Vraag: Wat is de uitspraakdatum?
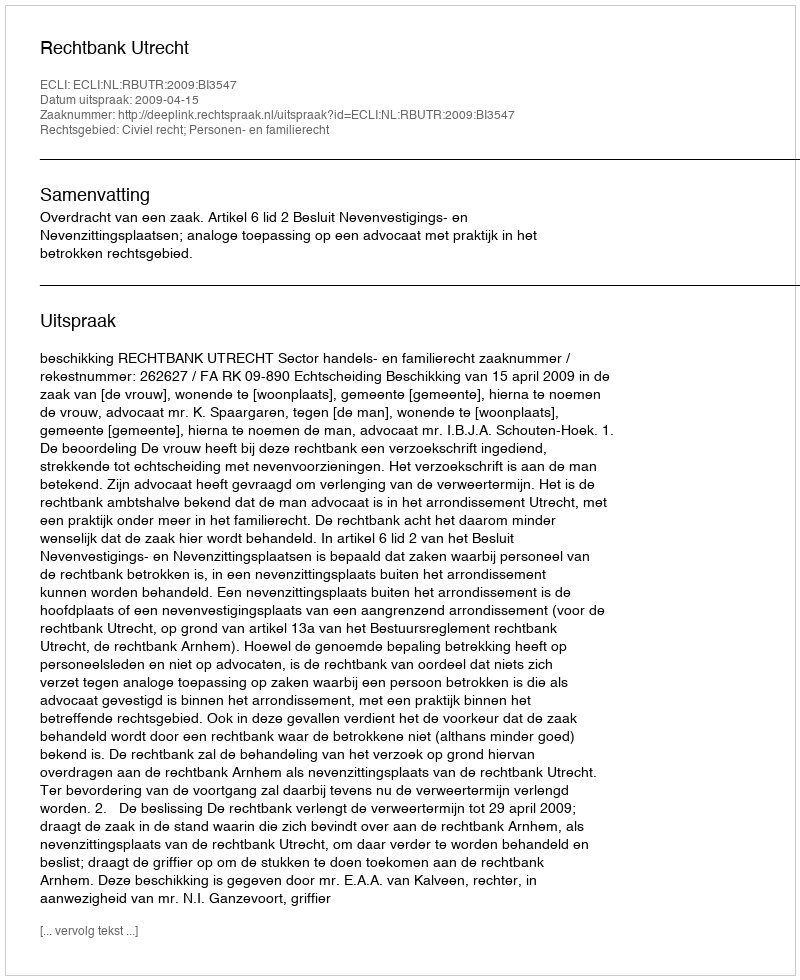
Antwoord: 2009-04-15